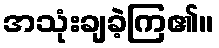
အသုံးချခဲ့ကြ၏။